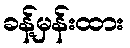
ခန့်မှန်းထား